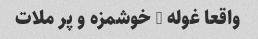
واقعا غوله … خوشمزه و پر ملات